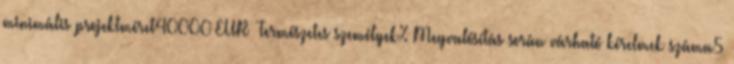
minimális projektméret40000 EUR ▪Természetes személyek%▪Megvalósítás során várható kérelmek száma5